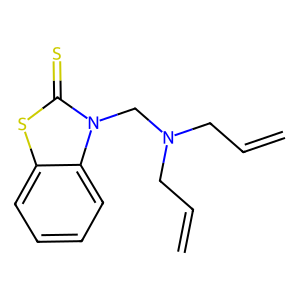
SMILES: C=CCN(CC=C)Cn1c(=S)sc2ccccc21
Inhibits HIV replication: No